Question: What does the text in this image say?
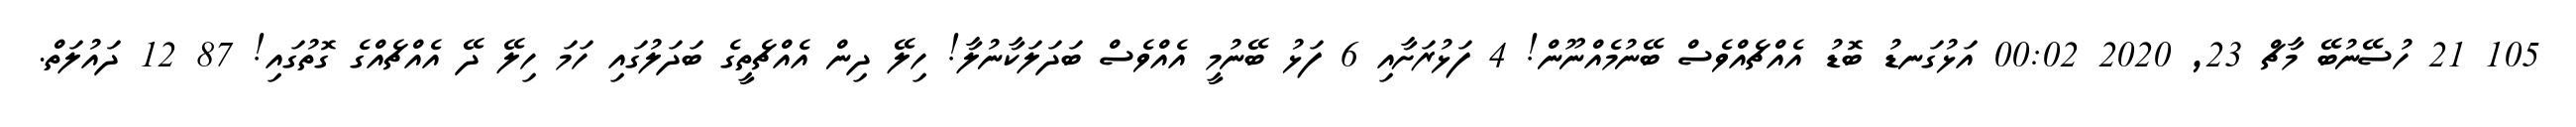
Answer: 105 21 ހުސޭނުބޭ މާޗް 23, 2020 00:02 އަޅުގަނޑު ބޮޑު އެއްޗެއްވެސް ބޭނުމެއްނޫން! 4 ފަޅުރަށާއި 6 ފަޅު ބޭނުމީ އެއްވެސް ބަދަލަކާނުލާ! ހިލޭ ދިން އެއްޗެތީގެ ބަދަލުގައި ހަމަ ހިލޭ ދޭ އެއްޗެއްގެ ގޮތުގައި! 87 12 ދައުލަތް.